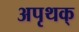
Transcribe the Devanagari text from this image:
अपृथक्